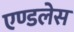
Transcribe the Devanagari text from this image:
एण्डलेस